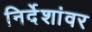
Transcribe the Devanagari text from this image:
निर्देशांवर